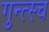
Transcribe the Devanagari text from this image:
गुन्त्स्च